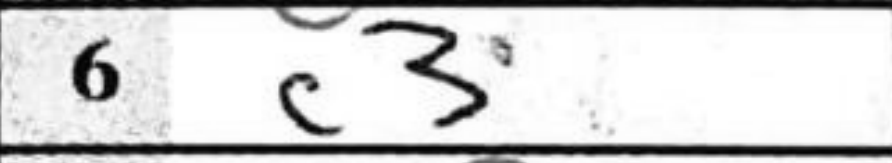
Transcription: c3